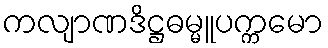
ကလျာဏဒိဋ္ဌဓမ္မူပက္ကမော